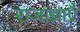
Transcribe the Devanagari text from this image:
राजाज्ञाएँ